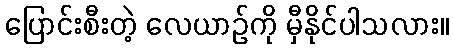
ပြောင်းစီးတဲ့ လေယာဉ်ကို မှီနိုင်ပါသလား။